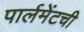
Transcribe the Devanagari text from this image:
पार्लमेंटची